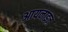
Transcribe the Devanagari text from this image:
आयनाइज़